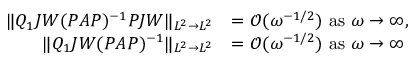
\begin{array} { r l } { \| Q _ { 1 } J W ( P A P ) ^ { - 1 } P J W \| _ { L ^ { 2 } \to L ^ { 2 } } } & { = \mathcal { O } ( \omega ^ { - 1 / 2 } ) \mathrm { ~ a s ~ } \omega \to \infty , } \\ { \| Q _ { 1 } J W ( P A P ) ^ { - 1 } \| _ { L ^ { 2 } \to L ^ { 2 } } } & { = \mathcal { O } ( \omega ^ { - 1 / 2 } ) \mathrm { ~ a s ~ } \omega \to \infty } \end{array}